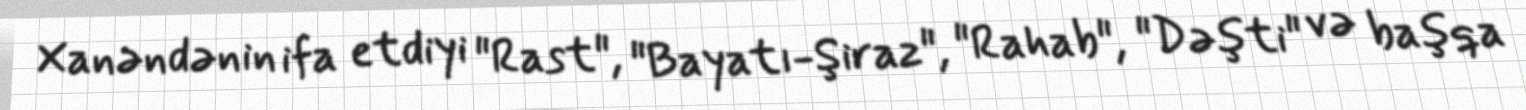
Xanəndənin ifa etdiyi "Rast", "Bayatı-Şiraz", "Rahab", "Dəşti" və başqa